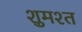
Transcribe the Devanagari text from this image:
शुमश्त